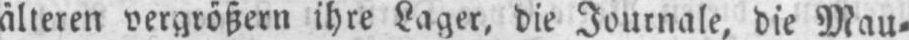
älteren vergrößern ihre Lager, die Journale, die Mau⸗